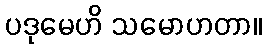
ပဒုမေဟိ သမောဟတာ။